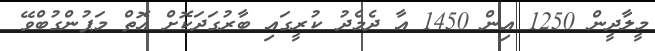
މީލާދީން 1250 އިން 1450 އާ ދެމެދު ކުރީގައި ބާރުގަދަކޮށް އޮތް މަޕުންގުބްވޭ